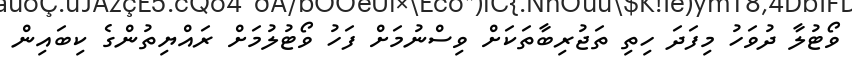
ވޯޓުލާ ދުވަހު މިފަދަ ހިތި ތަޖުރިބާތަކަށް ވިސްނުމަށް ފަހު ވޯޓުލުމަށް ރައްޔިތުންގެ ކިބައިން